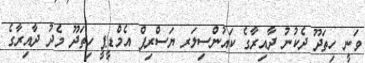
ވަނީ ހިތަދޫ ދެކުނު ދާއިރާގެ ކައުންސިލަރ ޔަސްރިފް އެމްޑީޕީ ހިތަދޫ މެދު ދާއިރާގެ